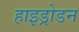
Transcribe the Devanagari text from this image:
हाइड्रोडन